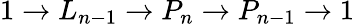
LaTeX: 1\to L_{n-1}\to P_{n}\to P_{n-1}\to 1